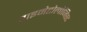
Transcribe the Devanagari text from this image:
प्राइमेटोलोजिस्ट